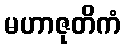
မဟာဇုတိကံ